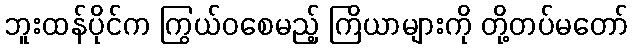
ဘူးထန်ပိုင်က ကြွယ်ဝစေမည့် ကြိယာများကို တို့တပ်မတော်